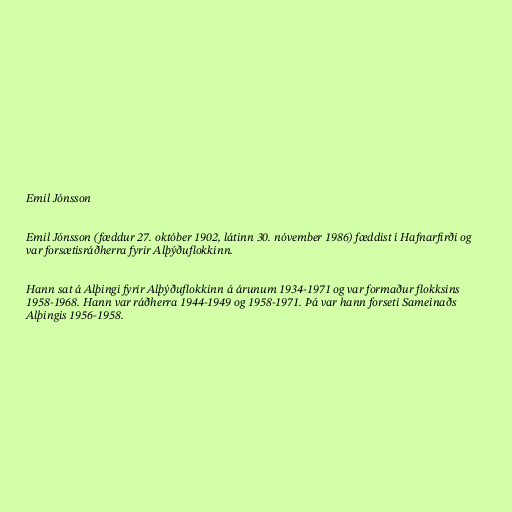
Emil Jónsson

Emil Jónsson (fæddur 27. október 1902, látinn 30. nóvember 1986) fæddist í Hafnarfirði og
var forsætisráðherra fyrir Alþýðuflokkinn.

Hann sat á Alþingi fyrir Alþýðuflokkinn á árunum 1934-1971 og var formaður flokksins
1958-1968. Hann var ráðherra 1944-1949 og 1958-1971. Þá var hann forseti Sameinaðs
Alþingis 1956-1958.